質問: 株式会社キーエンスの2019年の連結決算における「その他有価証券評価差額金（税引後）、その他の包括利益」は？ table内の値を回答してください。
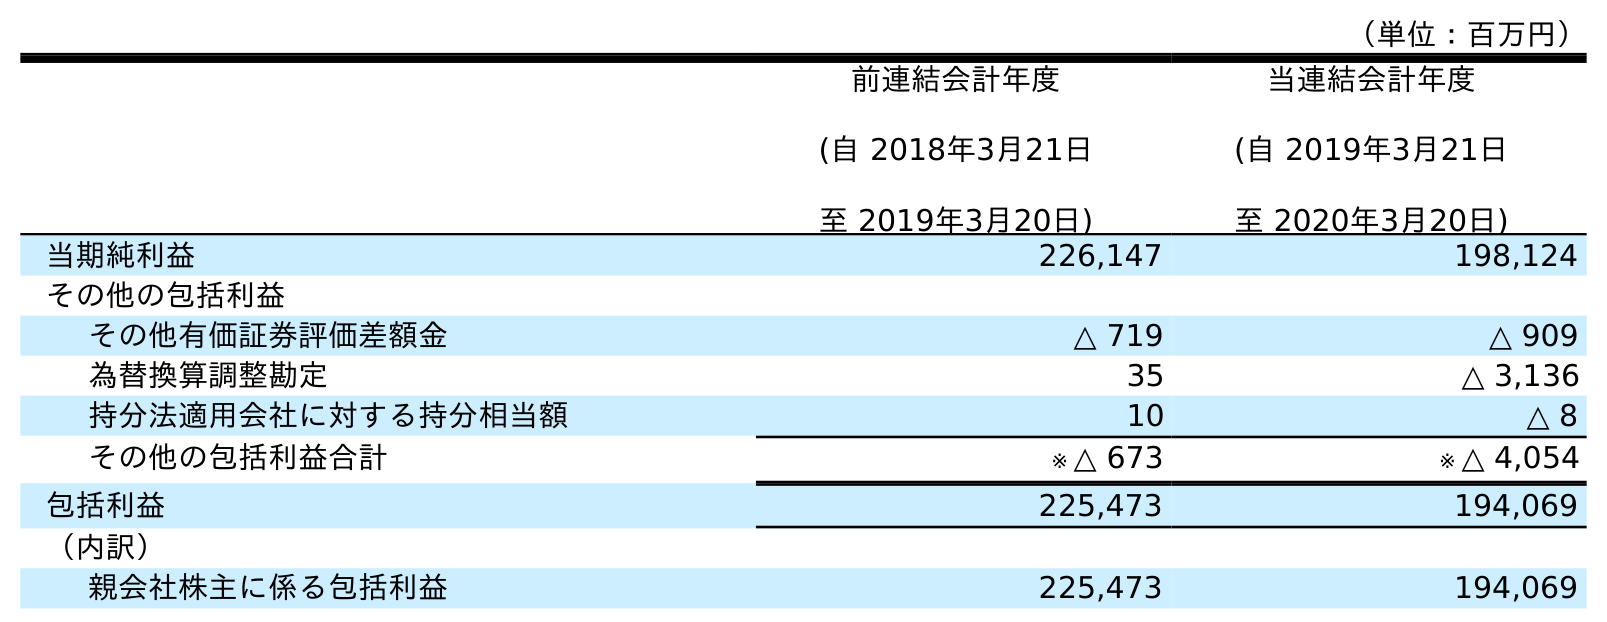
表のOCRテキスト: （単位：百万円） 前連結会計年度 (自 2018年3月21日 至 2019年3月20日) 当連結会計年度 (自 2019年3月21日 至 2020年3月20日) 当期純利益 226,147 198,124 その他の包括利益 その他有価証券評価差額金 △ 719 △ 909 為替換算調整勘定 35 △ 3,136 持分法適用会社に対する持分相当額 10 △ 8 その他の包括利益合計 ※ △ 673 ※ △ 4,054 包括利益 225,473 194,069 （内訳） 親会社株主に係る包括利益 225,473 194,069
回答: △719